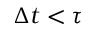
\Delta t < \tau